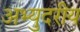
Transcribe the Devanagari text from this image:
अभ्युदरीय